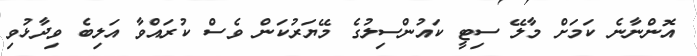
އޮންނާނެ ކަމަށް މާލޭ ސިޓީ ކައުންސިލުގެ މޭޔަރުކަން ވެސް ކުރައްވާ އަލިބެ ވިދާޅުވި